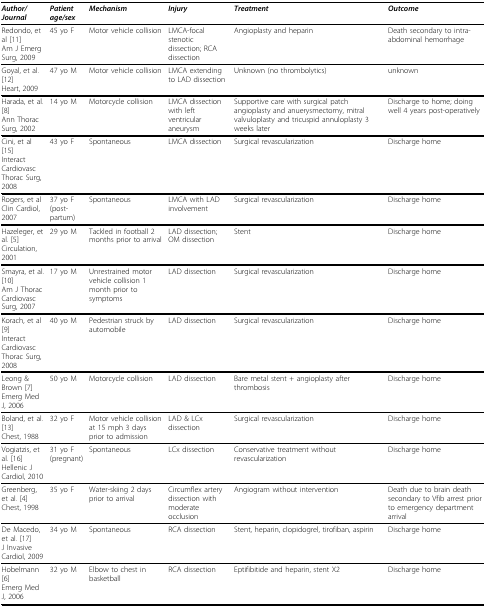
| Author/Journal | Patient age/sex | Mechanism | Injury | Treatment | Outcome |
 | --- | --- | --- | --- | --- | --- |
 | Redondo, et al [11]Am J Emerg Surg, 2009 | 45 yo F | Motor vehicle collision | LMCA-focal stenotic dissection; RCA dissection | Angioplasty and heparin | Death secondary to intra-abdominal hemorrhage |
 | Goyal, et al. [12]Heart, 2009 | 47 yo M | Motor vehicle collision | LMCA extending to LAD dissection | Unknown (no thrombolytics) | unknown |
 | Harada, et al. [8]Ann Thorac Surg, 2002 | 14 yo M | Motorcycle collision | LMCA dissection with left ventricular aneurysm | Supportive care with surgical patch angioplasty and anuerysmectomy, mitral valvuloplasty and tricuspid annuloplasty 3 weeks later | Discharge to home; doing well 4 years post-operatively |
 | Cini, et al [15]Interact Cardiovasc Thorac Surg, 2008 | 43 yo F | Spontaneous | LMCA dissection | Surgical revascularization | Discharge home |
 | Rogers, et alClin Cardiol, 2007 | 37 yo F(post-partum) | Spontaneous | LMCA with LAD involvement | Surgical revascularization | Discharge home |
 | Hazeleger, et al. [5]Circulation, 2001 | 29 yo M | Tackled in football 2 months prior to arrival | LAD dissection; OM dissection | Stent | Discharge home |
 | Smayra, et al. [10]Am J Thorac Cardiovasc Surg, 2007 | 17 yo M | Unrestrained motor vehicle collision 1 month prior to symptoms | LAD dissection | Surgical revascularization | Discharge home |
 | Korach, et al [9]Interact Cardiovasc Thorac Surg, 2008 | 40 yo M | Pedestrian struck by automobile | LAD dissection | Surgical revascularization | Discharge home |
 | Leong & Brown [7]Emerg Med J, 2006 | 50 yo M | Motorcycle collision | LAD dissection | Bare metal stent + angioplasty after thrombosis | Discharge home |
 | Boland, et al. [13]Chest, 1988 | 32 yo F | Motor vehicle collision at 15 mph 3 days prior to admission | LAD & LCx dissection | Surgical revascularization | Discharge home |
 | Vogiatzis, et al. [16]Hellenic J Cardiol, 2010 | 31 yo F (pregnant) | Spontaneous | LCx dissection | Conservative treatment without revascularization | Discharge home |
 | Greenberg, et al. [4]Chest, 1998 | 35 yo F | Water-skiing 2 days prior to arrival | Circumflex artery dissection with moderate occlusion | Angiogram without intervention | Death due to brain death secondary to Vfib arrest prior to emergency department arrival |
 | De Macedo, et al. [17]J Invasive Cardiol, 2009 | 34 yo M | Spontaneous | RCA dissection | Stent, heparin, clopidogrel, tirofiban, aspirin | Discharge home |
 | Hobelmann[6]Emerg Med J, 2006 | 32 yo M | Elbow to chest in basketball | RCA dissection | Eptifibitide and heparin, stent X2 | Discharge home |